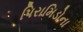
પિરામિડોના